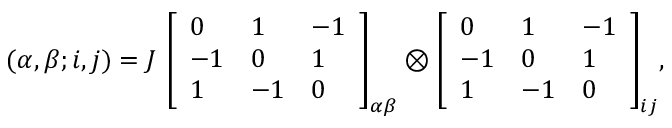
( \alpha , \beta ; i , j ) = J ~ { \left[ \begin{array} { l l l } { 0 } & { 1 } & { - 1 } \\ { - 1 } & { 0 } & { 1 } \\ { 1 } & { - 1 } & { 0 } \end{array} \right] } _ { \alpha \beta } \otimes { \left[ \begin{array} { l l l } { 0 } & { 1 } & { - 1 } \\ { - 1 } & { 0 } & { 1 } \\ { 1 } & { - 1 } & { 0 } \end{array} \right] } _ { i j } ,